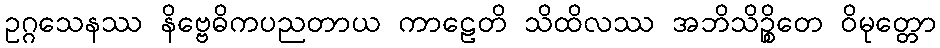
ဥဂ္ဂသေနဿ နိဗ္ဗေဓိကပညတာယ ကာဠေတိ သိထိလဿ အဘိသိဉ္စိတေ ဝိမုတ္တော